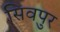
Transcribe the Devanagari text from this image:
सिवपुर